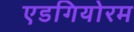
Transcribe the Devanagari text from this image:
एडगियोरम